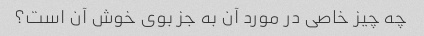
چه چیز خاصی در مورد آن به جز بوی خوش آن است؟